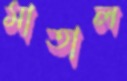
মাতাল